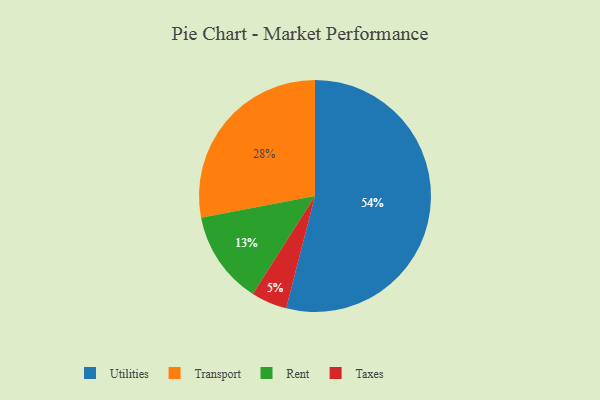
{"axis": {"x": "Category", "y": "Percentage"}, "legend": ["Rent", "Taxes", "Transport", "Utilities"], "data": [{"x": "Utilities", "y": 54, "type": "Utilities"}, {"x": "Taxes", "y": 5, "type": "Taxes"}, {"x": "Transport", "y": 28, "type": "Transport"}, {"x": "Rent", "y": 13, "type": "Rent"}]}